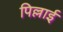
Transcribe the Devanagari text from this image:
पिल्लाई